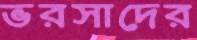
ভরসাদের